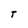
Character: T